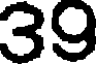
39